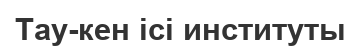
Тау-кен ісі институты